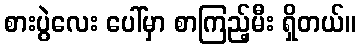
စားပွဲလေး ပေါ်မှာ စာကြည့်မီး ရှိတယ်။